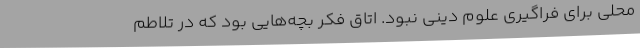
محلی برای فراگیری علوم دینی نبود. اتاق فکر بچه‌هایی بود که در تلاطم